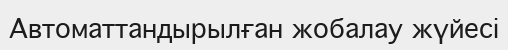
Автоматтандырылған жобалау жүйесі